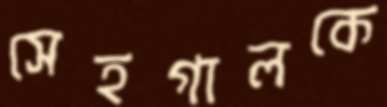
সেহগালকে